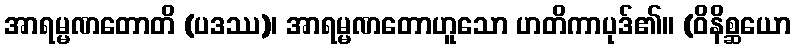
အာရမ္မဏတောတိ (ပဒဿ)၊ အာရမ္မဏတောဟူသော ဟတိကာပုဒ်၏။ (ဝိနိစ္ဆယော